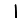
Digit: 1